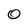
Character: O